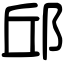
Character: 邱